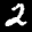
Label: 2